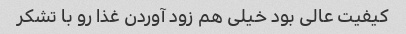
کیفیت عالی بود خیلی هم زود آوردن غذا رو با تشکر